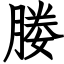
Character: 媵